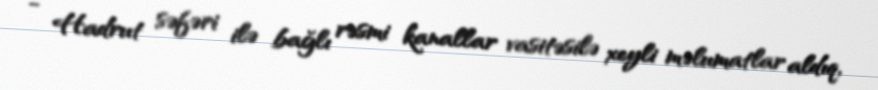
- Hadrut səfəri ilə bağlı rəsmi kanallar vasitəsilə xeyli məlumatlar aldıq,